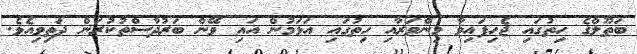
ބަތޫލްގެ ހިތުގައި ޖެހިފައިވާ މިންވަރާއި ހިތުގައި އަޅަމުން އައި ވޭން ބަރުދާސްތުކުރަން ދަތިވިއެވެ.